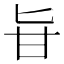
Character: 𠤔